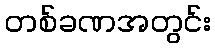
တစ်ခဏအတွင်း